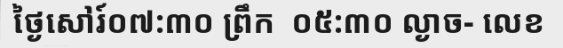
ថ្ងៃសៅរ៍០៧:៣០ ព្រឹក  ០៥:៣០ ល្ងាច- លេខ